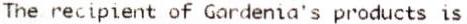
THE RECIPIENT OF GARDENIA'S PRODUCTS IS